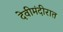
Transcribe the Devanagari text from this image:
देवीमंदीरात